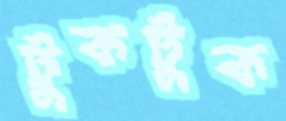
টুকটুক